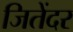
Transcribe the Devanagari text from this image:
जितेंदर